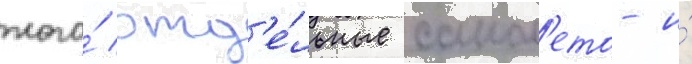
того́ отд'е́льные самол'ето- и́